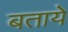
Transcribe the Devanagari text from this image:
बतायेे